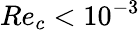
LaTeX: Re_{c}<10^{-3}